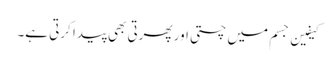
کیفین جسم میں چستی اور پھرتی بھی پیدا کرتی ہے۔